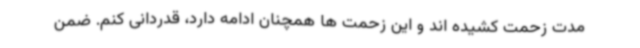
مدت زحمت کشیده اند و این زحمت ها همچنان ادامه دارد، قدردانی کنم. ضمن